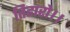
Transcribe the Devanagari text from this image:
तिहारो।।